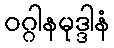
ဝဂ္ဂါနမုဒ္ဒါနံ